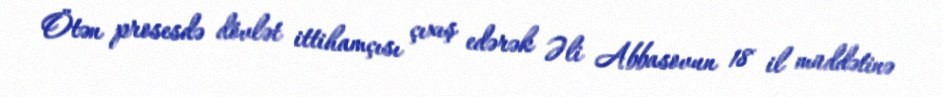
Ötən prosesdə dövlət ittihamçısı çıxış edərək Əli Abbasovun 18 il müddətinə